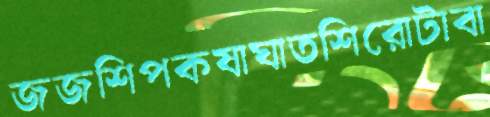
জজশিপকষাঘাতশিরোটাবা